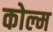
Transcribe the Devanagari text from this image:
कोल्म